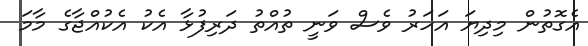
އެގޮތުން މިދިޔަ އަހަރު ވެސް ވަނީ ތުއްތު ދަރިފުޅާ އެކު އެކުއްޖާގެ މާމަ